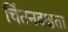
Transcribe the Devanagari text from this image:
चिंतनदक्षता